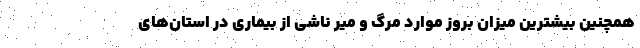
همچنین بیشترین میزان بروز موارد مرگ و میر ناشی از بیماری در استان‌های